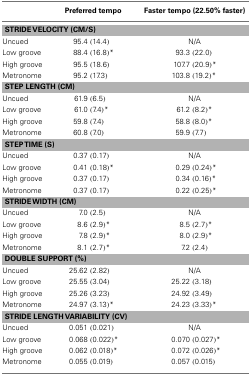
<table><thead><tr><td></td><td><b>Preferred tempo</b></td><td><b>Faster tempo (22.50% faster)</b></td></tr></thead><tbody><tr><td colspan="3"><b>STRIDE VELOCITY (CM/S)</b></td></tr><tr><td>Uncued</td><td>95.4 (14.4)</td><td>N/A</td></tr><tr><td>Low groove</td><td>88.4 (16.8)*</td><td>93.3 (22.0)</td></tr><tr><td>High groove</td><td>95.5 (18.6)</td><td>107.7 (20.9)*</td></tr><tr><td>Metronome</td><td>95.2 (17.3)</td><td>103.8 (19.2)*</td></tr><tr><td colspan="3"><b>STEP LENGTH (CM)</b></td></tr><tr><td>Uncued</td><td>61.9 (6.5)</td><td>N/A</td></tr><tr><td>Low groove</td><td>61.0 (7.4)*</td><td>61.2 (8.2)*</td></tr><tr><td>High groove</td><td>59.8 (7.4)</td><td>58.8 (8.0)*</td></tr><tr><td>Metronome</td><td>60.8 (7.0)</td><td>59.9 (7.7)</td></tr><tr><td colspan="3"><b>STEP TIME (S)</b></td></tr><tr><td>Uncued</td><td>0.37 (0.17)</td><td>N/A</td></tr><tr><td>Low groove</td><td>0.41 (0.18)*</td><td>0.29 (0.24)*</td></tr><tr><td>High groove</td><td>0.37 (0.17)</td><td>0.34 (0.16)*</td></tr><tr><td>Metronome</td><td>0.37 (0.17)</td><td>0.22 (0.25)*</td></tr><tr><td colspan="3"><b>STRIDE WIDTH (CM)</b></td></tr><tr><td>Uncued</td><td>7.0 (2.5)</td><td>N/A</td></tr><tr><td>Low groove</td><td>8.6 (2.9)*</td><td>8.5 (2.7)*</td></tr><tr><td>High groove</td><td>7.8 (2.9)*</td><td>8.0 (2.9)*</td></tr><tr><td>Metronome</td><td>8.1 (2.7)*</td><td>7.2 (2.4)</td></tr><tr><td colspan="3"><b>DOUBLE SUPPORT (%)</b></td></tr><tr><td>Uncued</td><td>25.62 (2.82)</td><td>N/A</td></tr><tr><td>Low groove</td><td>25.55 (3.04)</td><td>25.22 (3.18)</td></tr><tr><td>High groove</td><td>25.26 (3.23)</td><td>24.92 (3.49)</td></tr><tr><td>Metronome</td><td>24.97 (3.13)*</td><td>24.23 (3.33)*</td></tr><tr><td colspan="3"><b>STRIDE LENGTH VARIABILITY (CV)</b></td></tr><tr><td>Uncued</td><td>0.051 (0.021)</td><td>N/A</td></tr><tr><td>Low groove</td><td>0.068 (0.022)*</td><td>0.070 (0.027)*</td></tr><tr><td>High groove</td><td>0.062 (0.018)*</td><td>0.072 (0.026)*</td></tr><tr><td>Metronome</td><td>0.055 (0.019)</td><td>0.057 (0.015)</td></tr></tbody></table>